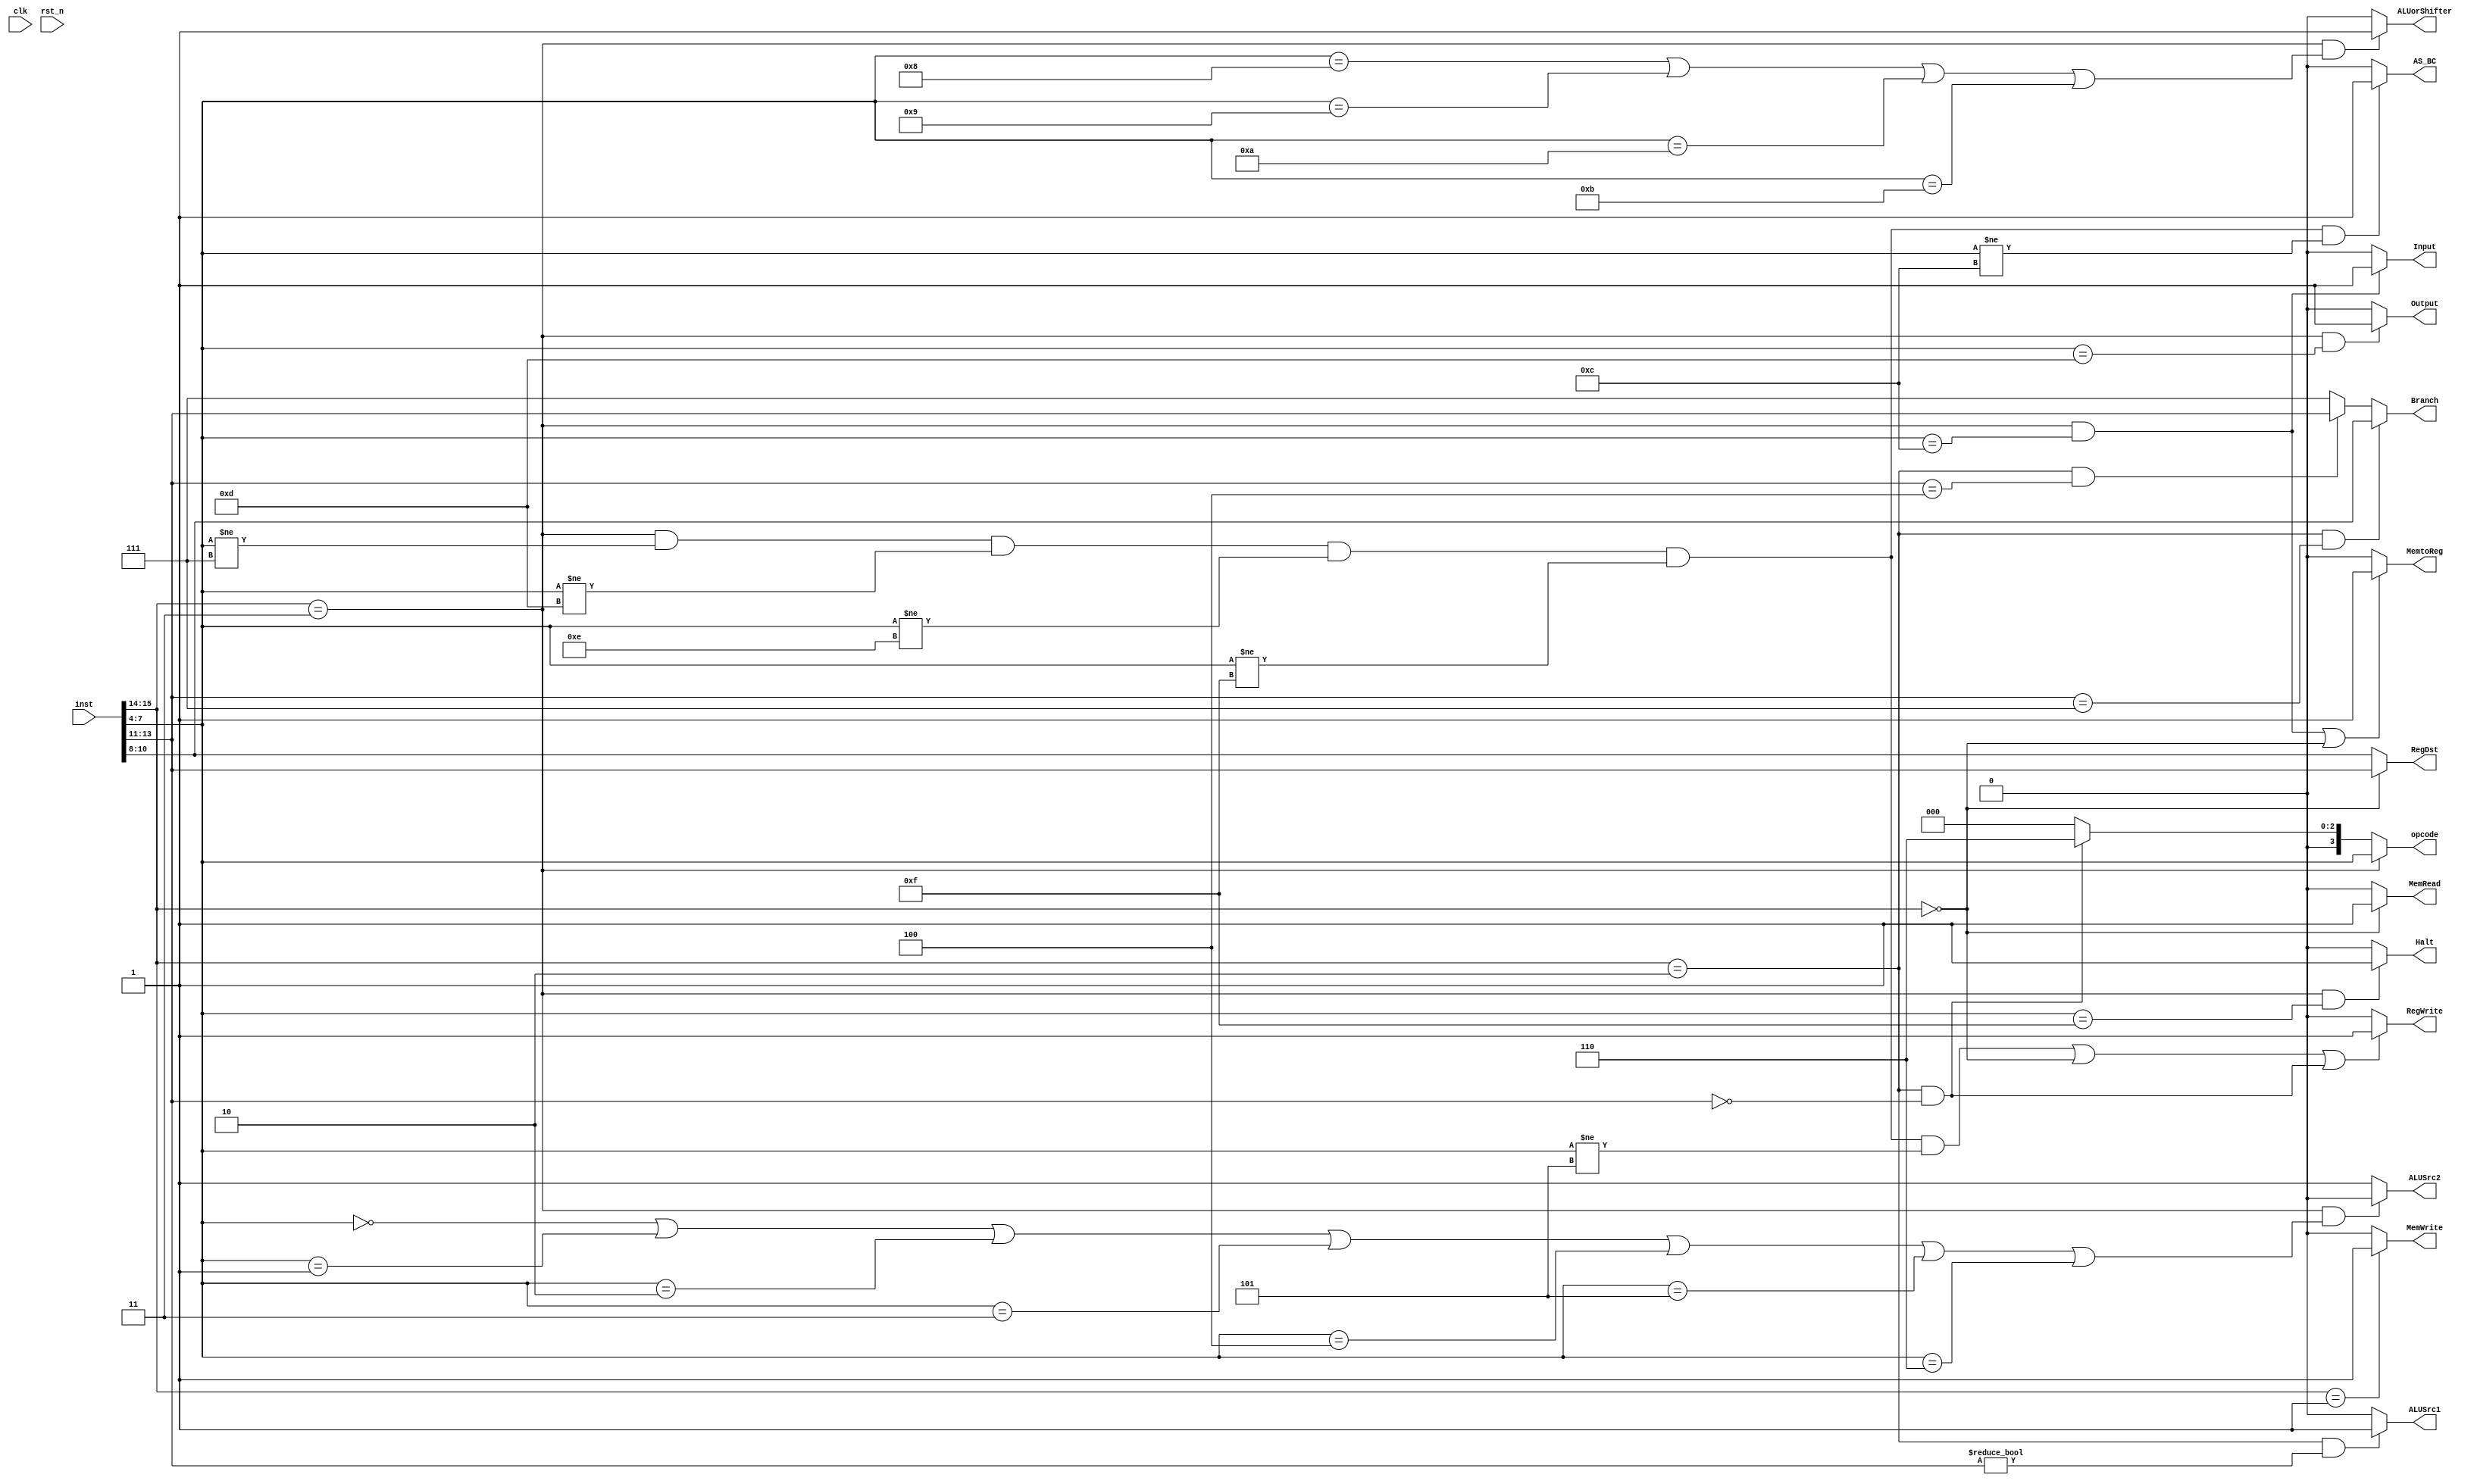
module ctl_pipeline(
	input clk,rst_n,
	input [15:0] inst,
	output  MemRead,MemWrite,RegWrite,ALUSrc1,ALUSrc2,MemtoReg,Output,Input,ALUorShifter,Halt,AS_BC,
	output  [3:0] opcode,
	output  [2:0] RegDst,
	output  [2:0] Branch);
	wire [1:0] twobit;
	wire [3:0] opcode_wire;
	wire [15:0] inst_wire;
	wire [2:0] brch_wire;
//	wire MemRead_wire,MemWrite_wire,wireWrite_wire,ALUSrc1_wire,ALUSrc2_wire,Memtowire_wire,Output_wire,Input_wire,ALUorShifter_wire,Halt_wire,BranchCond_wire,AS_BC_wire;
//	wire [3:0] opcode_wire;
//	wire [2:0] brch_wire;
//	wire [2:0] wire_dst_wire;
	assign inst_wire = inst;
	assign twobit = inst[15:14];
	assign opcode_wire = inst[7:4];
	assign brch_wire = inst[13:11];
	
	
	assign RegWrite = (( twobit == 2'b11 && opcode_wire != 4'b0111 && opcode_wire != 4'b1101 && opcode_wire != 4'b1110 && opcode_wire != 4'b1111 && opcode_wire != 4'b0101) || (twobit == 2'b00 ) || (twobit == 2'b10 && brch_wire == 3'b000)) ? 1'b1:
							1'b0;
//	if (( twobit == 2'b11 && opcode_wire != 4'b0111 && opcode_wire != 4'b1101 && opcode_wire != 4'b1110 && opcode_wire != 4'b1111 && opcode_wire != 4'b0101) || (twobit == 2'b00 ) || (twobit == 2'b10 && brch_wire == 3'b000)) begin
//				wireWrite_wire <= 1'b1;
//			end else begin
//				wireWrite_wire <= 1'b0;
//			end
	assign MemWrite = (twobit == 2'b01 ) ? 1'b1:
							1'b0;
//			if(twobit == 2'b01 ) begin
//				MemWrite_wire <= 1'b1;
//			end else begin
//				MemWrite_wire <= 1'b0;
//			end
	assign MemRead = (twobit == 2'b00 )? 1'b1:
							1'b0;
//			if (twobit == 2'b00 ) begin
//				MemRead_wire <= 1'b1;
//			end else begin
//				MemRead_wire <= 1'b0;
//			end
	assign MemtoReg = ((twobit == 2'b11 && opcode_wire == 4'b1100) || (twobit == 2'b00)) ? 1'b1:
							1'b0;
//			if ((twobit == 2'b11 && opcode_wire == 4'b1100) || (twobit == 2'b00))begin//1101 ->1100 modified
//				Memtowire_wire <= 1'b1;
//			end else begin
//				Memtowire_wire <= 1'b0;
//			end
	assign ALUSrc1 =  ( twobit == 2'b10 && brch_wire != 3'b000) ?1'b1:
							1'b0;
//			if ( twobit == 2'b10 && brch_wire != 3'b000) begin //3'b00 ->3'b000 modified
//				ALUSrc1_wire <= 1'b1;
//			end else begin
//				ALUSrc1_wire <= 1'b0;
//			end
	assign ALUSrc2 = (twobit ==2'b11 && (opcode_wire == 4'b0000 ||opcode_wire == 4'b0001 ||opcode_wire == 4'b0010 ||opcode_wire == 4'b0011 ||opcode_wire == 4'b0100 ||opcode_wire == 4'b0101 ||opcode_wire == 4'b0110)) ? 1'b0:
							1'b1;
//			if(twobit ==2'b11 && (opcode_wire == 4'b0000 ||opcode_wire == 4'b0001 ||opcode_wire == 4'b0010 ||opcode_wire == 4'b0011 ||opcode_wire == 4'b0100 ||opcode_wire == 4'b0101 ||opcode_wire == 4'b0110)) begin
//				ALUSrc2_wire <= 1'b0;
//			end else begin
//				ALUSrc2_wire <= 1'b1;
//			end
	assign Output = (twobit == 2'b11 && opcode_wire == 4'b1101) ? 1'b1:
						  1'b0;
//			if(twobit == 2'b11 && opcode_wire == 4'b1101) begin
//				Output_wire <= 1'b1;
//			end else begin
//				Output_wire <= 1'b0;
//			end
	assign Input = (twobit == 2'b11 && opcode_wire == 4'b1100) ? 1'b1:
						1'b0;
//			if(twobit == 2'b11 && opcode_wire == 4'b1100) begin
//				Input_wire <= 1'b1;
//			end else begin
//				Input_wire <= 1'b0;
//			end
	assign opcode = ( twobit == 2'b11 ) ? opcode_wire:
						 (twobit == 2'b10 && brch_wire == 3'b000)? 4'b0110:
						 4'b0000;
//			if( twobit == 2'b11 )begin // && opcode_2wire != 4'b0111 && opcode_wire != 4'b1101 && opcode_wire != 4'b1110 && opcode_wire != 4'b1111) || (twobit == 2'b11) && (opcode_wire == 4'b1100 || opcode_wire == 4'b1101) -> x
//				opcode_wire <= opcode_wire;
//			end else if(twobit == 2'b10 && brch_wire == 3'b000) begin
//				opcode_wire <= 4'b0110;
//			end else begin
//				opcode_wire <= 4'b0000;
//			end
	assign Branch = (twobit == 2'b10 && brch_wire == 3'b111) ? inst[10:8]:
					  (twobit == 2'b10 && brch_wire == 3'b100) ? brch_wire:
					  3'b111;
//			if(twobit == 2'b10 && brch_wire == 3'b111) begin
//				brch_wire <= inst[10:8];
//				BranchCond_wire <=1'b1;
//			end else if(twobit == 2'b10 && brch_wire == 3'b100) begin
//				brch_wire <= brch_wire;
//				BranchCond_wire <=1'b1;
//			end else begin
//				brch_wire <= 3'b111;
//				BranchCond_wire <=1'b0;
//			end
	assign RegDst = (twobit == 2'b00 ) ? inst[13:11]:
						 inst[10:8];
//			if(twobit == 2'b00 ) begin
//				wire_dst_wire <= inst[13:11];
//			end else  begin
//				wire_dst_wire <= inst[10:8];
//			end
	assign ALUorShifter = (twobit ==2'b11 && (opcode_wire == 4'b1000 ||opcode_wire == 4'b1001 ||opcode_wire == 4'b1010 ||opcode_wire == 4'b1011 )) ? 1'b1:
								 1'b0;
//			if(twobit ==2'b11 && (opcode_wire == 4'b1000 ||opcode_wire == 4'b1001 ||opcode_wire == 4'b1010 ||opcode_wire == 4'b1011 )) begin
//				ALUorShifter_wire <= 1'b1;
//			end else begin
//				ALUorShifter_wire <= 1'b0;
//			end
	assign Halt = (twobit == 2'b11 && opcode_wire == 4'b1111) ? 1'b1:
						1'b0;
//			if(twobit == 2'b11 && opcode_wire == 4'b1111) begin
//				Halt_wire <= 1'b1;
//			end else begin
//				Halt_wire <= 1'b0;
//			end
	assign AS_BC = (twobit == 2'b11  && opcode_wire != 4'b0111 && opcode_wire != 4'b1101 && opcode_wire != 4'b1110 && opcode_wire != 4'b1111 && opcode_wire != 4'b1100) ? 1'b1:
						1'b0;
//			if(twobit == 2'b11  && opcode_wire != 4'b0111 && opcode_wire != 4'b1101 && opcode_wire != 4'b1110 && opcode_wire != 4'b1111 && opcode_wire != 4'b1100) begin
//				AS_BC_wire <= 1'b1;
//			end else begin
//				AS_BC_wire <= 1'b0;
//			end
	
endmodule